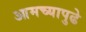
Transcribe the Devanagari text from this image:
आमच्यापुढे